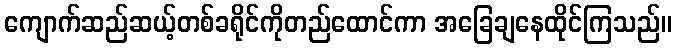
ကျောက်ဆည်ဆယ့်တစ်ခရိုင်ကိုတည်ထောင်ကာ အခြေချနေထိုင်ကြသည်။